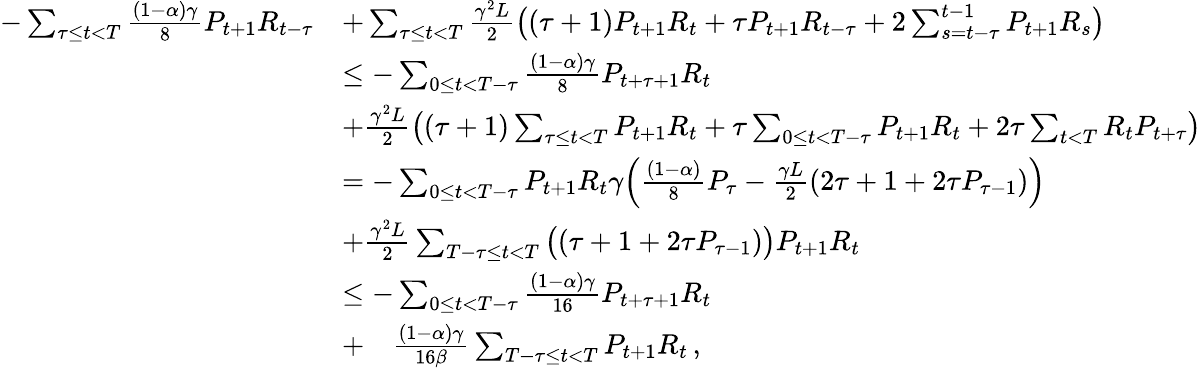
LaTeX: \begin{array}{rl}{-\sum_{\tau\leq t<T}\frac{(1-\alpha)\gamma}{8}P_{t+1}R_{t-\tau}}&{+\sum_{\tau\leq t<T}\frac{\gamma^{2}L}{2}\big((\tau+1)P_{t+1}R_{t}+\tau P_{t+1}R_{t-\tau}+2\sum_{s=t-\tau}^{t-1}P_{t+1}R_{s}\big)}\\ &{\leq-\sum_{0\leq t<T-\tau}\frac{(1-\alpha)\gamma}{8}P_{t+\tau+1}R_{t}}\\ &{+\frac{\gamma^{2}L}{2}\left((\tau+1)\sum_{\tau\leq t<T}P_{t+1}R_{t}+\tau\sum_{0\leq t<T-\tau}P_{t+1}R_{t}+2\tau\sum_{t<T}R_{t}P_{t+\tau}\right)}\\ &{=-\sum_{0\leq t<T-\tau}P_{t+1}R_{t}\gamma\Big(\frac{(1-\alpha)}{8}P_{\tau}-\frac{\gamma L}{2}(2\tau+1+2\tau P_{\tau-1})\Big)}\\ &{+\frac{\gamma^{2}L}{2}\sum_{T-\tau\leq t<T}\big((\tau+1+2\tau P_{\tau-1})\big)P_{t+1}R_{t}}\\ &{\leq-\sum_{0\leq t<T-\tau}\frac{(1-\alpha)\gamma}{16}P_{t+\tau+1}R_{t}}\\ &{+\quad\frac{(1-\alpha)\gamma}{16\beta}\sum_{T-\tau\leq t<T}P_{t+1}R_{t}\, ,}\end{array}